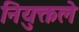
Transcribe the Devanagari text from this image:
नियुक्तले